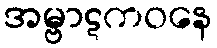
အမ္ဗာဋကဝနေ